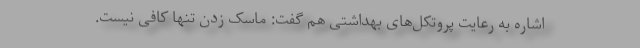
اشاره به رعایت پروتکل‌های بهداشتی هم گفت: ماسک زدن تنها کافی نیست.